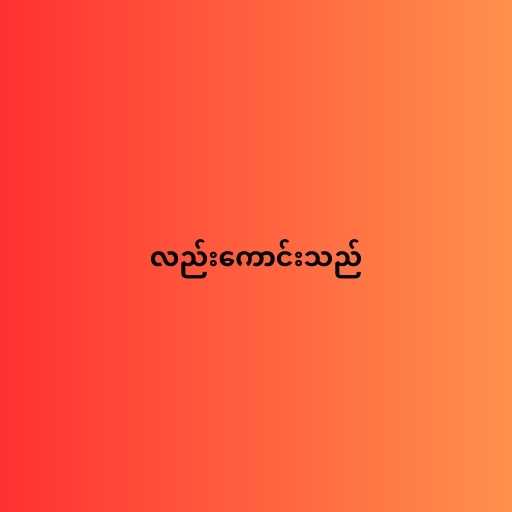
လည်းကောင်းသည်